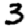
Digit: 3